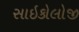
સાઇકોલોજી